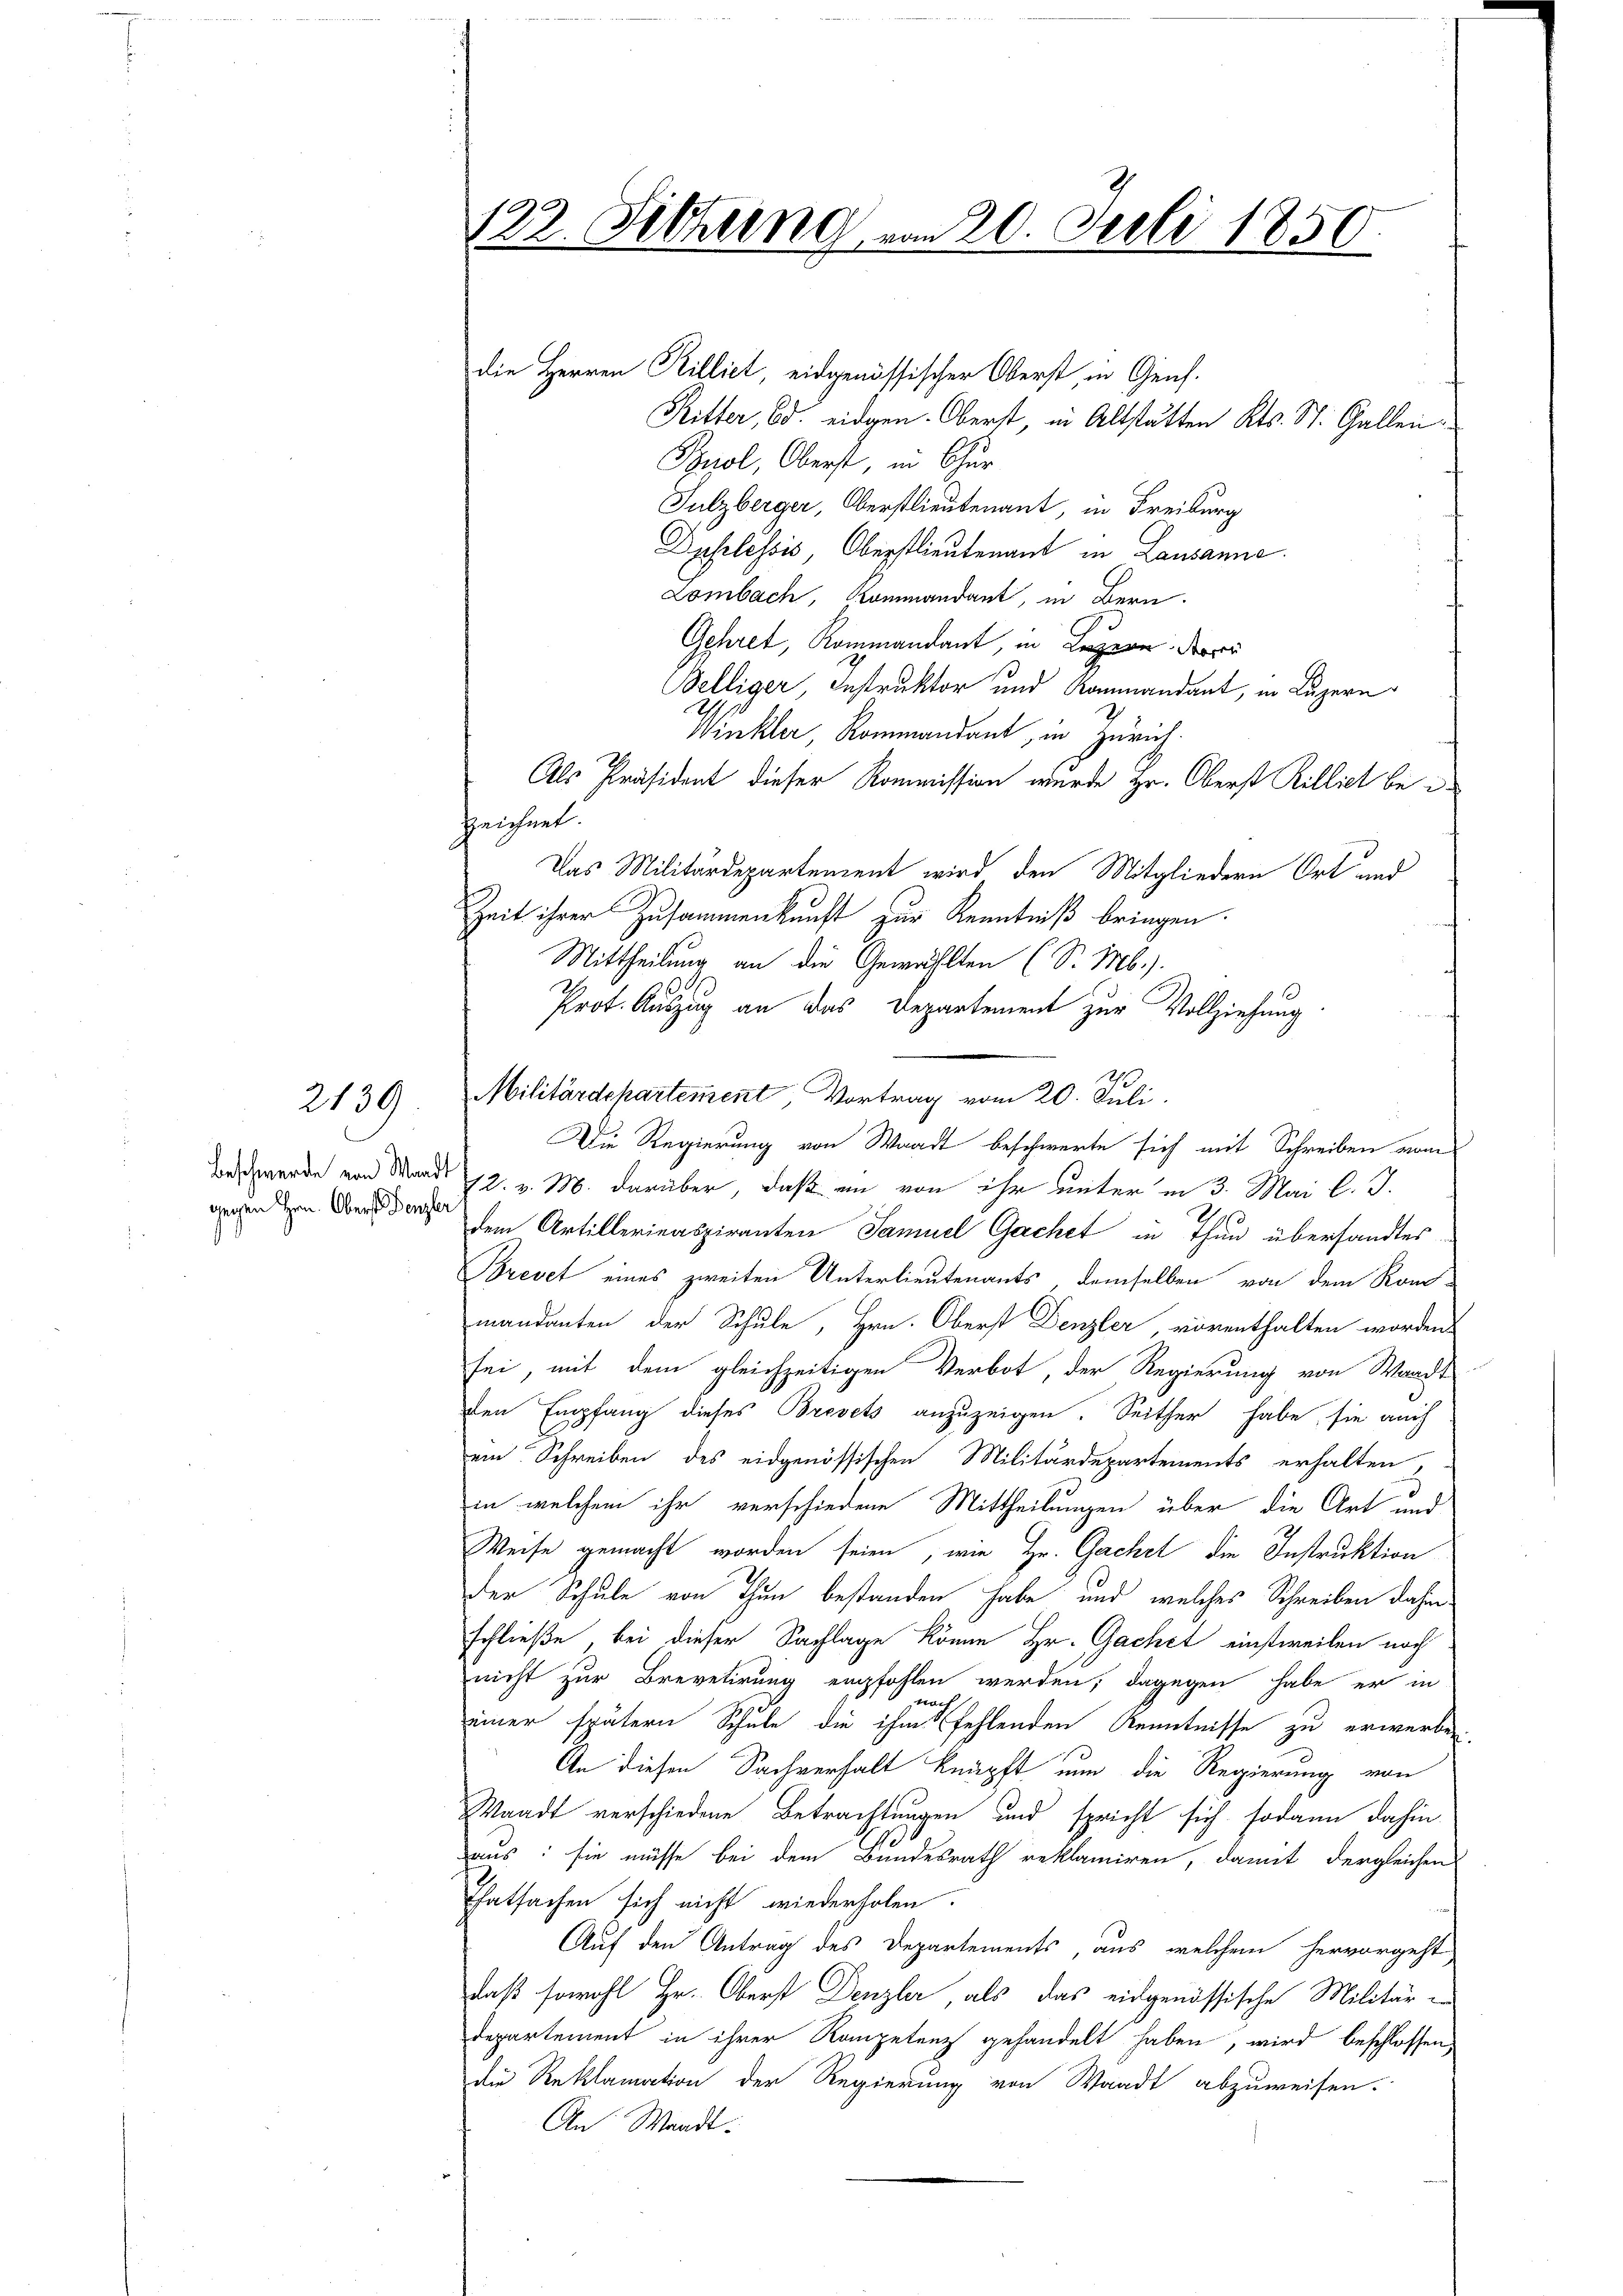
2139

gegen Hrn. Oberst Denzler

122. Filzung vom 20. Juli 1856
d

die Herren Rilliet, eidgenössischer Oberst, in Genf.
Ritter, 6. eidgen. Oberst, in Altstatten Kts. St. Gallen
Puol, Oberst, in Chur
Sulzberger, Oberstlieutenant, in Freiburg
Duhrlessis, Oberstlieutenant in Lausanne.
Lombach, Kommandant, in Bern.
Gehret, Kommandant, in Luzern, derer
Belliger, Instruktor und Kommandant, in Luzern
Winkler, Rommandant, in Zürich.
Als Präsident dieser Kommission wurde Hr. Oberst Rilliet beizeichnet.
Das Militärdepartement wird den Mitgliedern Ort und
Zeit ihrer Zusammenkunft zur Kenntniß bringen.
Die Regierung von Waadt beschwerte sich mit Schreiben vom
beschwerde von Mord 12. v. M. darüber, daß in von ihr unter in 3. Mai l. J.
dem Artillerinaspiranten Samuel Gachet in Thun übersandtes
Brevet eines zweiten Unterlieutenants demselben von dem Kon-
mandanten der Schule, Hrn. Oberst Denzler, vorenthalten worden.
sei, mit dem gleichzeitigen Verbot, der Regierung von Waadt
den Empfang dieses Brevets anzuzeigen. Seither habe, sie auch
ein Schreiben des eidgenössischen Militärdepartements erhalten,
in welchem ihr verschiedene Mittheilungen über die Art und
Weise gemacht worden seien, wie Hr. Gachet die Instruktion
der Schule von Thun bestanden habe und welches Schreiben dahin
schließe, bei dieser Sachlage könne Hr. Gachet einstweilen noch
nicht zur Brevetirung empfohlen werden, dagegen habe er in
teuer
einer spätern Schule die ihm fehlenden Kenntnisse zu erwerbe,
An diesen Sachverhalt knüpft nun die Regierung von
Waadt verschiedene Betrachtungen und spricht sich sodann dahin
aus: sie müsse bei dem Bundesrath reklamiren, damit dergleichen
Thatsachen sich nicht wiederholen.
Auf den Antrag des Departements, aus welchem hervorgeht
daß sowohl Hr. Oberst Denzler, als das eidgenössische Militär-
Departement in ihrer Kompetenz gehandelt haben, wird beschlossen
die Reklamation der Regierung von Waadt abzuweisen.
An Waadt.

Mittheilung an die Gewählten (S. Mb.).
Prot. Auszug an das Departement zur Vollziehung
Militärdepartement Vortrag vom 20. Juli.